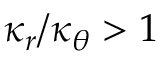
\kappa _ { r } / \kappa _ { \theta } > 1